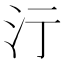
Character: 𣲇